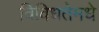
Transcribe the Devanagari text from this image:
विविधतेमधे